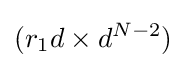
(r_{1}d\times d^{N-2})